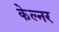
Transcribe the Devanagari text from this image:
केल्नर